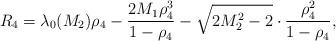
LaTeX: \begin{align*}R_{4}=\lambda _{0}(M_{2})\rho_{4}-\frac{2M_{1}\rho_{4}^{3}}{1-\rho_{4}}-\sqrt{2M_{2}^{2}-2}\cdot\frac{\rho_{4}^{2}}{1-\rho_{4}},\end{align*}